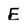
Character: E